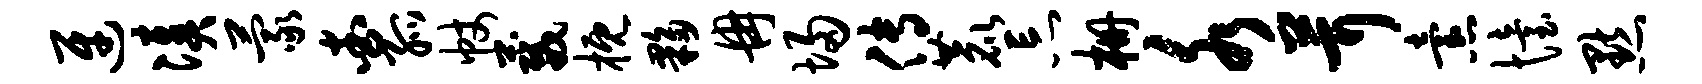
迓凑蒙查孤帐葳概夥冉埽传鹿忘栅水茸怠怡默